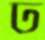
ঢ